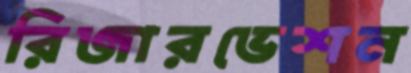
রিজারভেশন